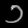
Digit: ၁